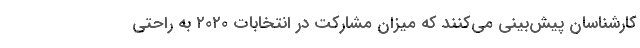
کارشناسان پیش‌بینی می‌کنند که میزان مشارکت در انتخابات ۲۰۲۰ به راحتی